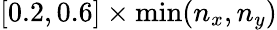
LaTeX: [0.2,0.6]\times\operatorname*{min}(n_{x},n_{y})